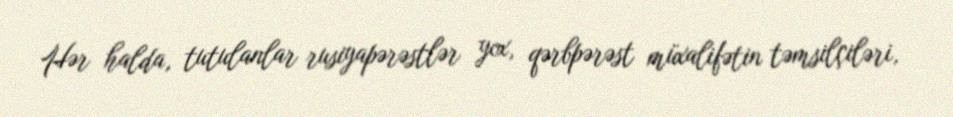
Hər halda, tutulanlar rusiyapərəstlər yox, qərbpərəst müxalifətin təmsilçiləri,